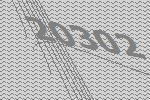
20302